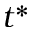
t ^ { * }